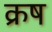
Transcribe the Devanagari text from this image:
क्रष